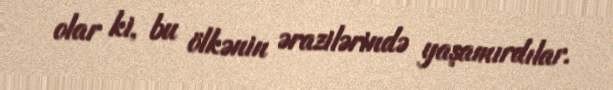
olar ki, bu ölkənin ərazilərində yaşamırdılar.